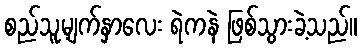
စည်သူ့မျက်နှာလေး ရဲကနဲ ဖြစ်သွားခဲ့သည်။